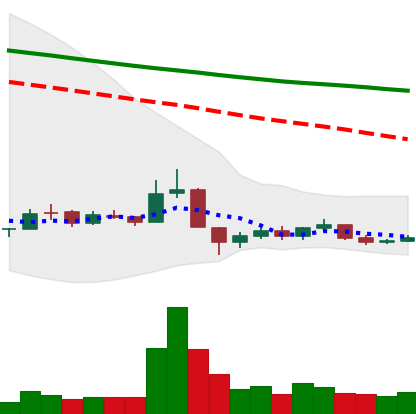
Ticker: BNB-USD
Chart end date: 2018-12-16
Forward return: 19.846%
Label: up_7plus